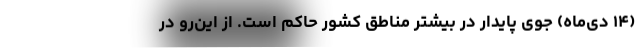
(۱۴ دی‌ماه) جوی پایدار در بیشتر مناطق کشور حاکم است. از این‌رو در